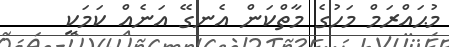
މުޙައްރަމް މަހުގެ މާތްކަން އެނގޭ އަނެއް ކަމަކީ